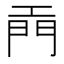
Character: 𫔙